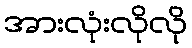
အားလုံးလိုလို